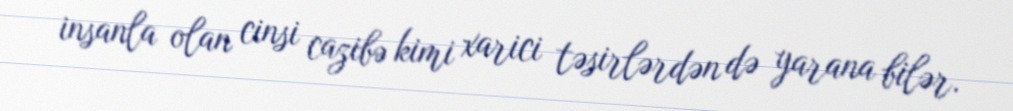
insanla olan cinsi cazibə kimi xarici təsirlərdən də yarana bilər.